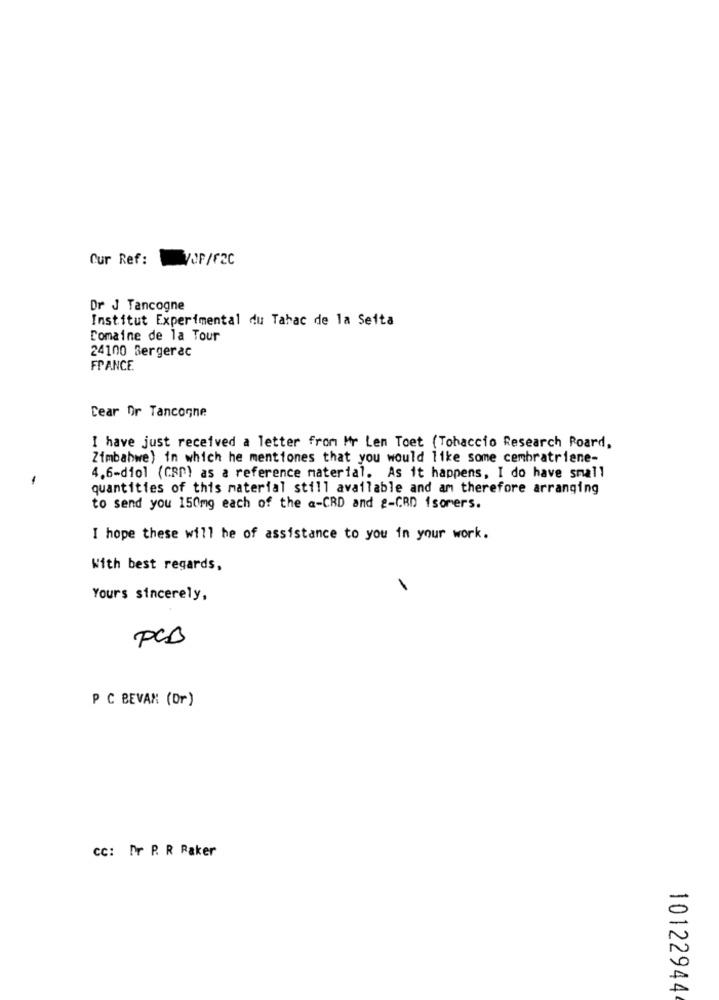
Cur Ref:
/CP/F2C
Dr J Tancogne
Institut Experimental du Tabac de la Seita
Domaine de la Tour
24100 Bergerac
FRANCE.
Cear Or Tancogne
I have just received a letter from Mr Len Toet (Tobaccio Research Poard,
Zimbabwe) in which he mentiones that you would like some cembratriene-
4.6-diol (CRP) as a reference material. As it happens, I do have small
quantities of this material still available and am therefore arranging
to send you 150mg each of the a-CRD and 2-CRD isomers.
I hope these will he of assistance to you in your work.
With best regards,
Yours sincerely,
PCB
P C BEVAN (Or )
Cc: Pr P. R Raker
10122944